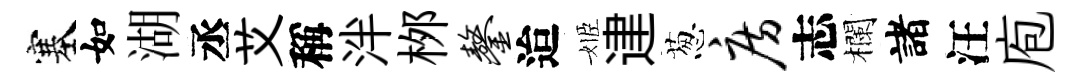
塞如湖丞艾稱泮桞鏊迨姬䢖葱房志欄諸汪庖